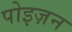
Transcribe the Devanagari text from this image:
पोइज़न